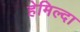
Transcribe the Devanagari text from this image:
हेमिल्दा